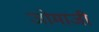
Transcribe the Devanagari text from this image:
जोमाजी